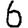
Digit: 6